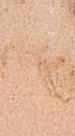
候